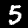
Label: 5